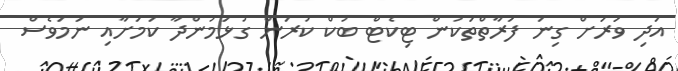
އަދި ވަރަށް ގިނަ ފަރާތްތަކުން ޓިކެޓް ބުކް ކުރަން ގުޅަމުންދާ ކަމަށާއި ނަމަވެސް